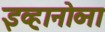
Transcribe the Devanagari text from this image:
इव्हानोव्ना